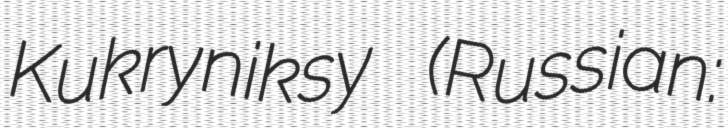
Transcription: Kukryniksy (Russian: